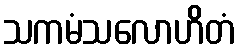
သကမံသလောဟိတံ